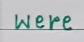
were